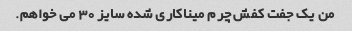
من یک جفت کفش چرم میناکاری شده سایز 30 می خواهم.